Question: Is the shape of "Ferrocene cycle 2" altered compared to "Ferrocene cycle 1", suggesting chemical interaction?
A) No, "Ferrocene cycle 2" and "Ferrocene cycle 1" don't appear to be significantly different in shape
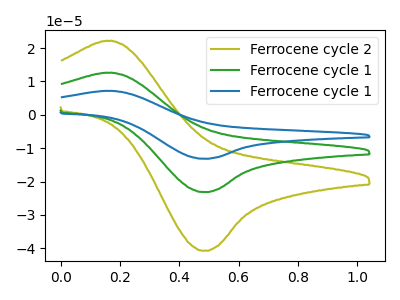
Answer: <think>The olive curve "Ferrocene cycle 2" has an anodic peak at (0.15V, 22.15uA) and a cathodic peak at (0.50V, -40.70uA). The green curve "Ferrocene cycle 1" has an anodic peak at (0.15V, 12.60uA) and a cathodic peak at (0.50V, -23.15uA). The blue curve "Ferrocene cycle 1" has an anodic peak at (0.15V, 25.20uA) and a cathodic peak at (0.50V, -46.30uA).
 All the peaks in "Ferrocene cycle 2" have a peak in "Ferrocene cycle 1" at the same potential. Every peak in "Ferrocene cycle 2" is higher than every peak in "Ferrocene cycle 1".</think>
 <answer>A) No, "Ferrocene cycle 2" and "Ferrocene cycle 1" don't appear to be significantly different in shape</answer>
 <eval>A</eval>